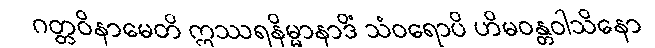
ဂတ္တဝိနာမေတိ ဣဿရနိမ္မာနာဒိံ သံဝရောပိ ဟိမဝန္တဝါသိနော